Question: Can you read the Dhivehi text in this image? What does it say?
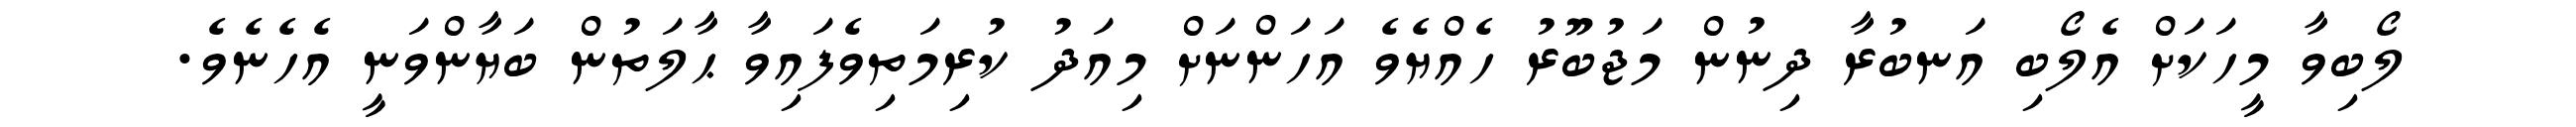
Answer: ލޯބިވާ މީހަކަށް އެލޯބި އަނބުރާ ދިނުން މަޖުބޫރު ހެއްޔެވެ އަހަންނަށް މިއަދު ކުރިމަތިވެފައިވާ ޙާލަތުން ބަޔާންވަނީ އެހެނެވެ.